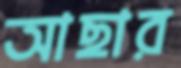
আছার